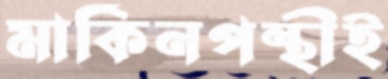
মার্কিনপন্থীই